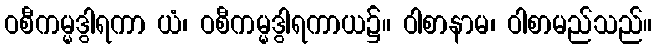
ဝစီကမ္မဒွါရကာ ယံ၊ ဝစီကမ္မဒွါရကာယ၌။ ဝါစာနာမ၊ ဝါစာမည်သည်။